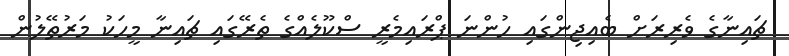
ޗައިނާގެ ވެރިރަށް ބެއިޖިންގައި ހުންނަ ޕްރައިމެރީ ސްކޫލެއްގެ ތެރޭގައި ޗައިނާ މީހަކު މަރުތޭލުން